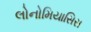
લોનોમિયાસિસ